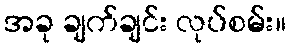
အခု ချက်ချင်း လုပ်စမ်း။